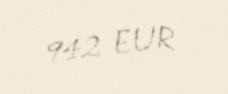
942 EUR